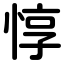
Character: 惇